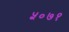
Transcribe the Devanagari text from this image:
५०७१